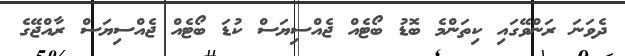
ދެވަނަ ރަންވޭގައި ކިތަންމެ ބޮޑު ބޯޓެއް ޖެއްސިޔަސް ކުޑަ ބޯޓެއް ޖެއްސިޔަސް ރާއްޖޭގެ